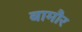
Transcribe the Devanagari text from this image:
बामौर